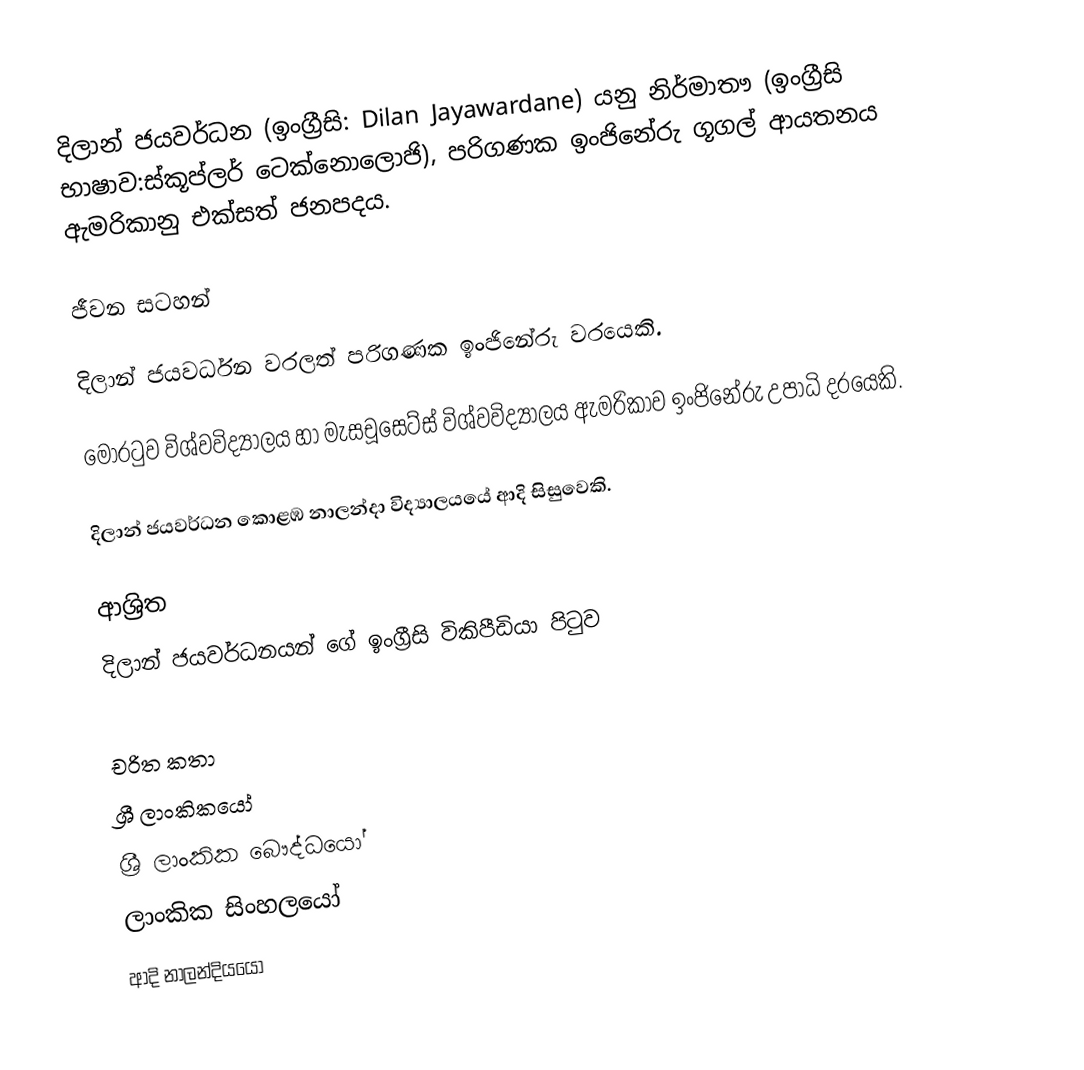
දිලාන් ජයවර්ධන (ඉංග්‍රීසි: Dilan Jayawardane) යනු  නිර්මාතෟ (ඉංග්‍රීසි භාෂාව:ස්කූප්ලර් ටෙක්නොලොජි), පරිගණක ඉංජිනේරු ගූගල් ආයතනය ඇමරිකානු එක්සත් ජනපදය.

ජීවන සටහන්

දිලාන් ජයවර්ධන වරලත් පරිගණක ඉංජිනේරු වරයෙකි.

මොරටුව විශ්වවිද්‍යාලය හා මැසචූසෙට්ස් විශ්වවිද්‍යාලය ඇමරිකාව ඉංජිනේරු උපාධි දරයෙකි.

දිලාන් ජයවර්ධන  කොළඹ නාලන්දා විද්‍යාලයයේ ආදි සිසුවෙකි.

ආශ්‍රිත
  දිලාන් ජයවර්ධනයන් ගේ ඉංග්‍රීසි විකිපීඩියා පිටුව

චරිත කතා
ශ්‍රී ලාංකිකයෝ
ශ්‍රී ලාංකික බෞද්ධයෝ
ලාංකික සිංහලයෝ
ආදි නාලන්දියයෝ